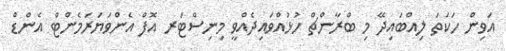
އަވިން ހަކަތަ ލިއްބައިދޭ މި ބްރާންޗް ހުޅުއްވައިދެއްވީ މިނިސްޓަރ އޮފް އެންވަޔަރަމެންޓް އެންޑް